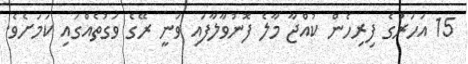
15 އަހަރުގެ ފިރިހެން ކުއްޖާ މާލެ ފޮނުވާލާފައި ވަނީ ރޭގެ ވަގުތެއްގައި ކަަމަށެވެ.